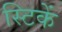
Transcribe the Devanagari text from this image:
स्टिकें